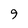
Character: 9